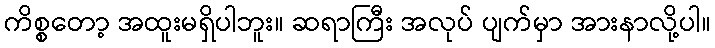
ကိစ္စတော့ အထူးမရှိပါဘူး။ ဆရာကြီး အလုပ် ပျက်မှာ အားနာလို့ပါ။